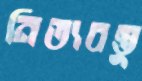
নিত্যবস্তু